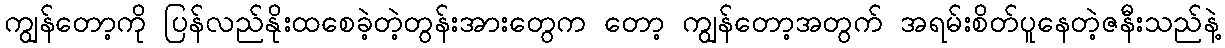
ကျွန်တော့ကို ပြန်လည်နိုးထစေခဲ့တဲ့တွန်းအားတွေက တော့ ကျွန်တော့အတွက် အရမ်းစိတ်ပူနေတဲ့ဇနီးသည်နဲ့